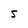
Character: S